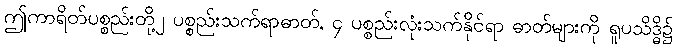
ဤကာရိတ်ပစ္စည်းတို့၂ ပစ္စည်းသက်ရာဓာတ်, ၄ ပစ္စည်းလုံးသက်နိုင်ရာ ဓာတ်များကို ရူပသိဒ္ဓိ၌